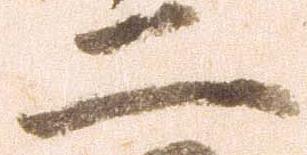
二